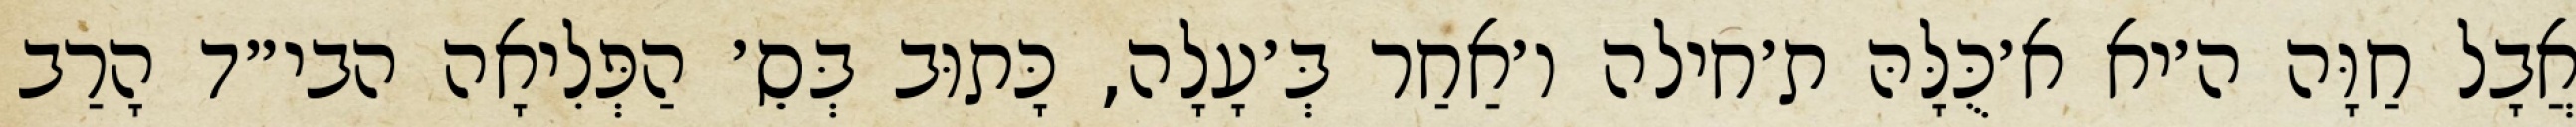
אֲבָל חַוָּה ה׳יא א׳כֻּלָּהּ ת׳חילה ו׳אַחַר בְּ׳עָלָה, כָּתוּב בְּסֵ׳ הַפְּלִיאָה הבי״ד הָרַב